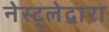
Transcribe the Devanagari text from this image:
नेस्ट्लेद्वारा